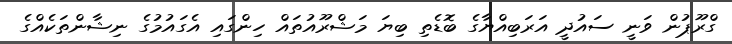
ގްރޫޕުން ވަނީ ސައުދީ އަރަބިއްޔާގެ ބޮޑެތި ބިޔަ މަޝްރޫއުތައް ހިންގައި އެގައުމުގެ ނިޝާންތަކެއްގެ